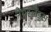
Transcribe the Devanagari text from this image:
नेथरलैंड्स